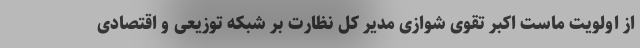
از اولویت ماست اکبر تقوی شوازی مدیر کل نظارت بر شبکه توزیعی و اقتصادی